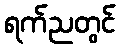
ရက်ညတွင်